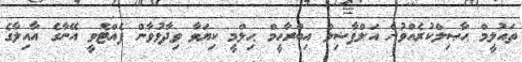
ތައުލީމް ޙާޞިލްކުރެއްވުން އަލްފާޟިލް އިބްރާހީމް ޙިލްމީ ކިޔަވާ ވިދާޅުވާން ފެއްޓެވީ އޭނާގެ އާއިލާގެ